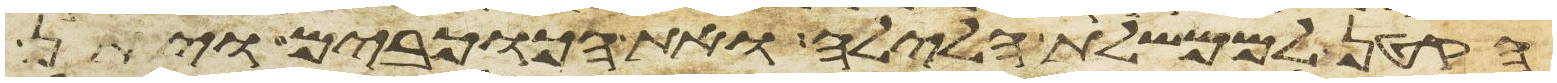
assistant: הקטן לממשלת הלילה ואת הכוכבים ויתן